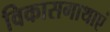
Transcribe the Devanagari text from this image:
विकासगाथाएं